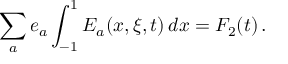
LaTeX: \sum _ { a } e _ { a } \int _ { - 1 } ^ { 1 } E _ { a } ( x , \xi , t ) \, d x = F _ { 2 } ( t ) \, .